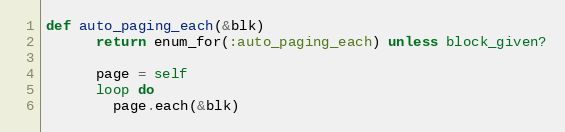
Language: Ruby
def auto_paging_each(&blk)
      return enum_for(:auto_paging_each) unless block_given?

      page = self
      loop do
        page.each(&blk)